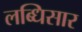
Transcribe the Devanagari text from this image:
लब्धिसार